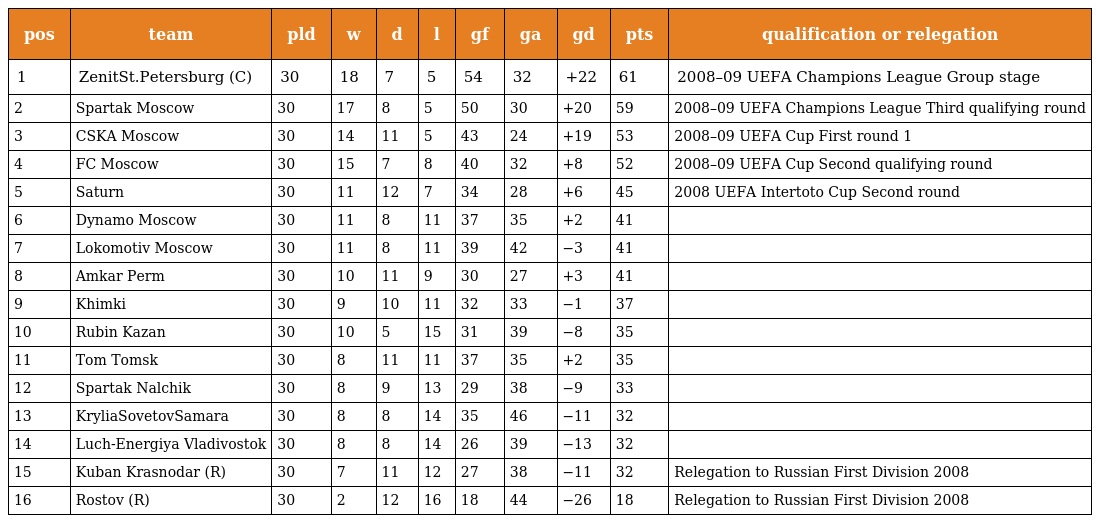
| pos | team | pld | w | d | l | gf | ga | gd | pts | qualification or relegation |
 | --- | --- | --- | --- | --- | --- | --- | --- | --- | --- | --- |
 | 1 | ZenitSt.Petersburg (C) | 30 | 18 | 7 | 5 | 54 | 32 | +22 | 61 | 2008–09 UEFA Champions League Group stage |
 | 2 | Spartak Moscow | 30 | 17 | 8 | 5 | 50 | 30 | +20 | 59 | 2008–09 UEFA Champions League Third qualifying round |
 | 3 | CSKA Moscow | 30 | 14 | 11 | 5 | 43 | 24 | +19 | 53 | 2008–09 UEFA Cup First round 1 |
 | 4 | FC Moscow | 30 | 15 | 7 | 8 | 40 | 32 | +8 | 52 | 2008–09 UEFA Cup Second qualifying round |
 | 5 | Saturn | 30 | 11 | 12 | 7 | 34 | 28 | +6 | 45 | 2008 UEFA Intertoto Cup Second round |
 | 6 | Dynamo Moscow | 30 | 11 | 8 | 11 | 37 | 35 | +2 | 41 |  |
 | 7 | Lokomotiv Moscow | 30 | 11 | 8 | 11 | 39 | 42 | −3 | 41 |  |
 | 8 | Amkar Perm | 30 | 10 | 11 | 9 | 30 | 27 | +3 | 41 |  |
 | 9 | Khimki | 30 | 9 | 10 | 11 | 32 | 33 | −1 | 37 |  |
 | 10 | Rubin Kazan | 30 | 10 | 5 | 15 | 31 | 39 | −8 | 35 |  |
 | 11 | Tom Tomsk | 30 | 8 | 11 | 11 | 37 | 35 | +2 | 35 |  |
 | 12 | Spartak Nalchik | 30 | 8 | 9 | 13 | 29 | 38 | −9 | 33 |  |
 | 13 | KryliaSovetovSamara | 30 | 8 | 8 | 14 | 35 | 46 | −11 | 32 |  |
 | 14 | Luch-Energiya Vladivostok | 30 | 8 | 8 | 14 | 26 | 39 | −13 | 32 |  |
 | 15 | Kuban Krasnodar (R) | 30 | 7 | 11 | 12 | 27 | 38 | −11 | 32 | Relegation to Russian First Division 2008 |
 | 16 | Rostov (R) | 30 | 2 | 12 | 16 | 18 | 44 | −26 | 18 | Relegation to Russian First Division 2008 |